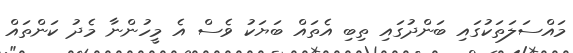
މައްސަލަތަކުގައި ބަންދުގައި ތިބި އެތައް ބަޔަކު ވެސް އެ މީހުންނާ މެދު ކަންތައް